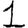
Digit: 1